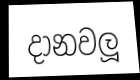
දානවලූ